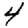
Digit: 4